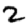
Digit: 2